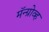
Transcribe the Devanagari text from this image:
मॅन्ग्रोव्ह